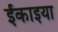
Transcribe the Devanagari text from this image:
ईकाइया